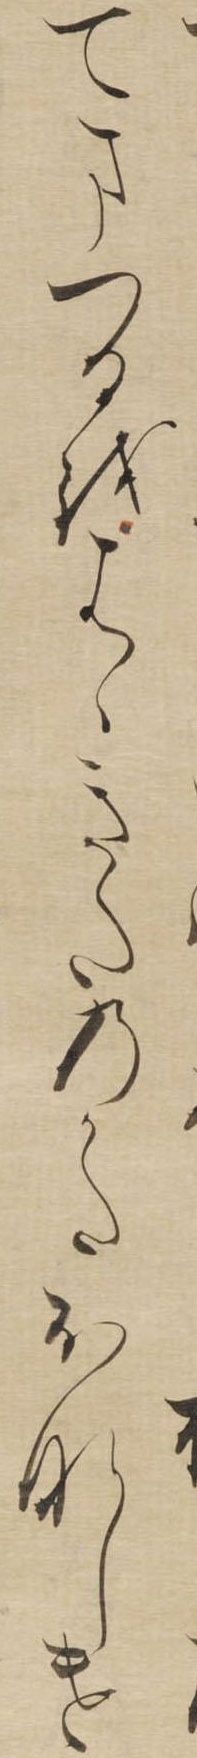
てまつるをはゝきたのかたおなしけ